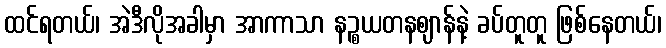
ထင်ရတယ်၊ အဲဒီလိုအခါမှာ အာကာသာ နဉ္စယတနဈာန်နဲ့ ခပ်တူတူ ဖြစ်နေတယ်၊